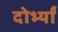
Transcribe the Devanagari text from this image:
दोर्भ्यां